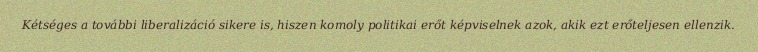
Kétséges a további liberalizáció sikere is, hiszen komoly politikai erőt képviselnek azok, akik ezt erőteljesen ellenzik.